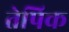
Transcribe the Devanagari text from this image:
तेपिक